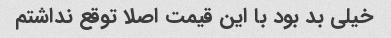
خیلی بد بود با این قیمت اصلا توقع نداشتم